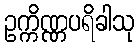
ဥက္ကိဏ္ဏပရိခါသု